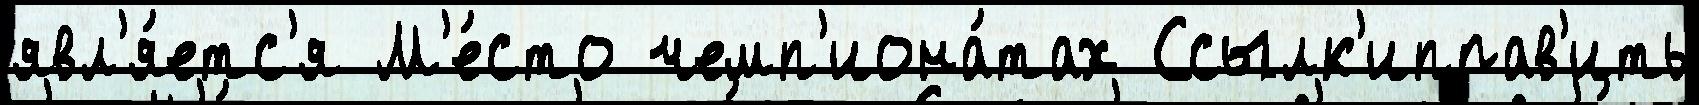
явл'я́етс'я М'е́сто чемп'иона́тах Ссылк'иправ'ить